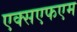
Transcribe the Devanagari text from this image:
एक्सएफएम